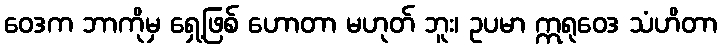
ဝေဒက ဘာကိုမှ ရှေ့ဖြစ် ဟောတာ မဟုတ် ဘူး၊ ဥပမာ ဣရုဝေဒ သံဟိတာ